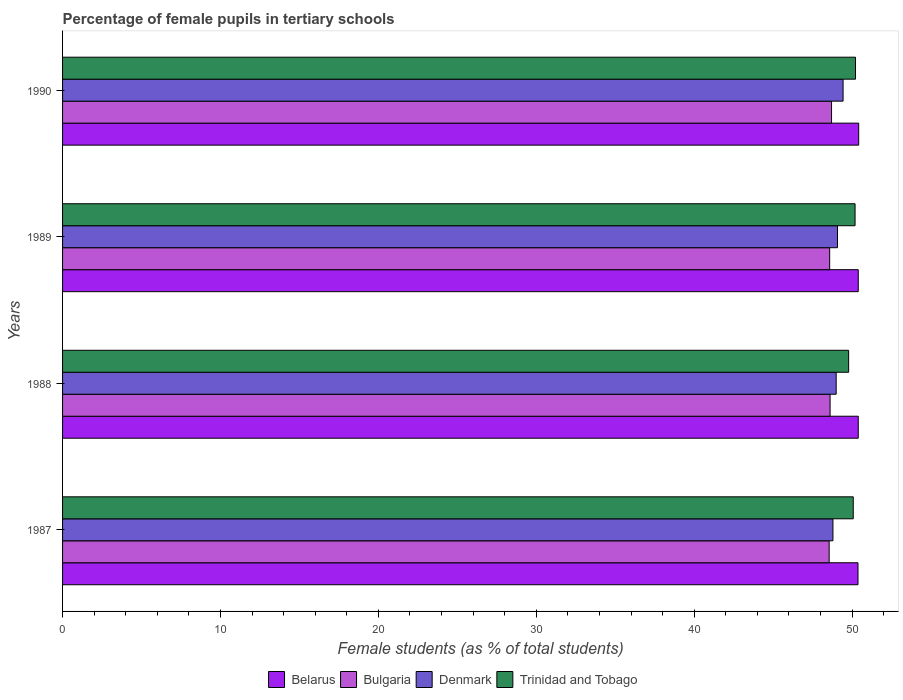
| Years | Belarus | Bulgaria | Denmark | Trinidad and Tobago |
 | --- | --- | --- | --- | --- |
 | 1987 | 50.4 | 48.5 | 48.8 | 50.1 |
 | 1988 | 50.4 | 48.6 | 49 | 49.8 |
 | 1989 | 50.4 | 48.6 | 49.1 | 50.2 |
 | 1990 | 50.4 | 48.7 | 49.4 | 50.2 |